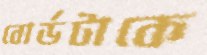
বোর্ডটাকে